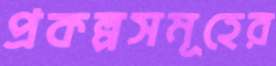
প্রকল্পসমূহের